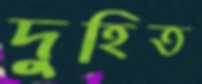
দুহিত